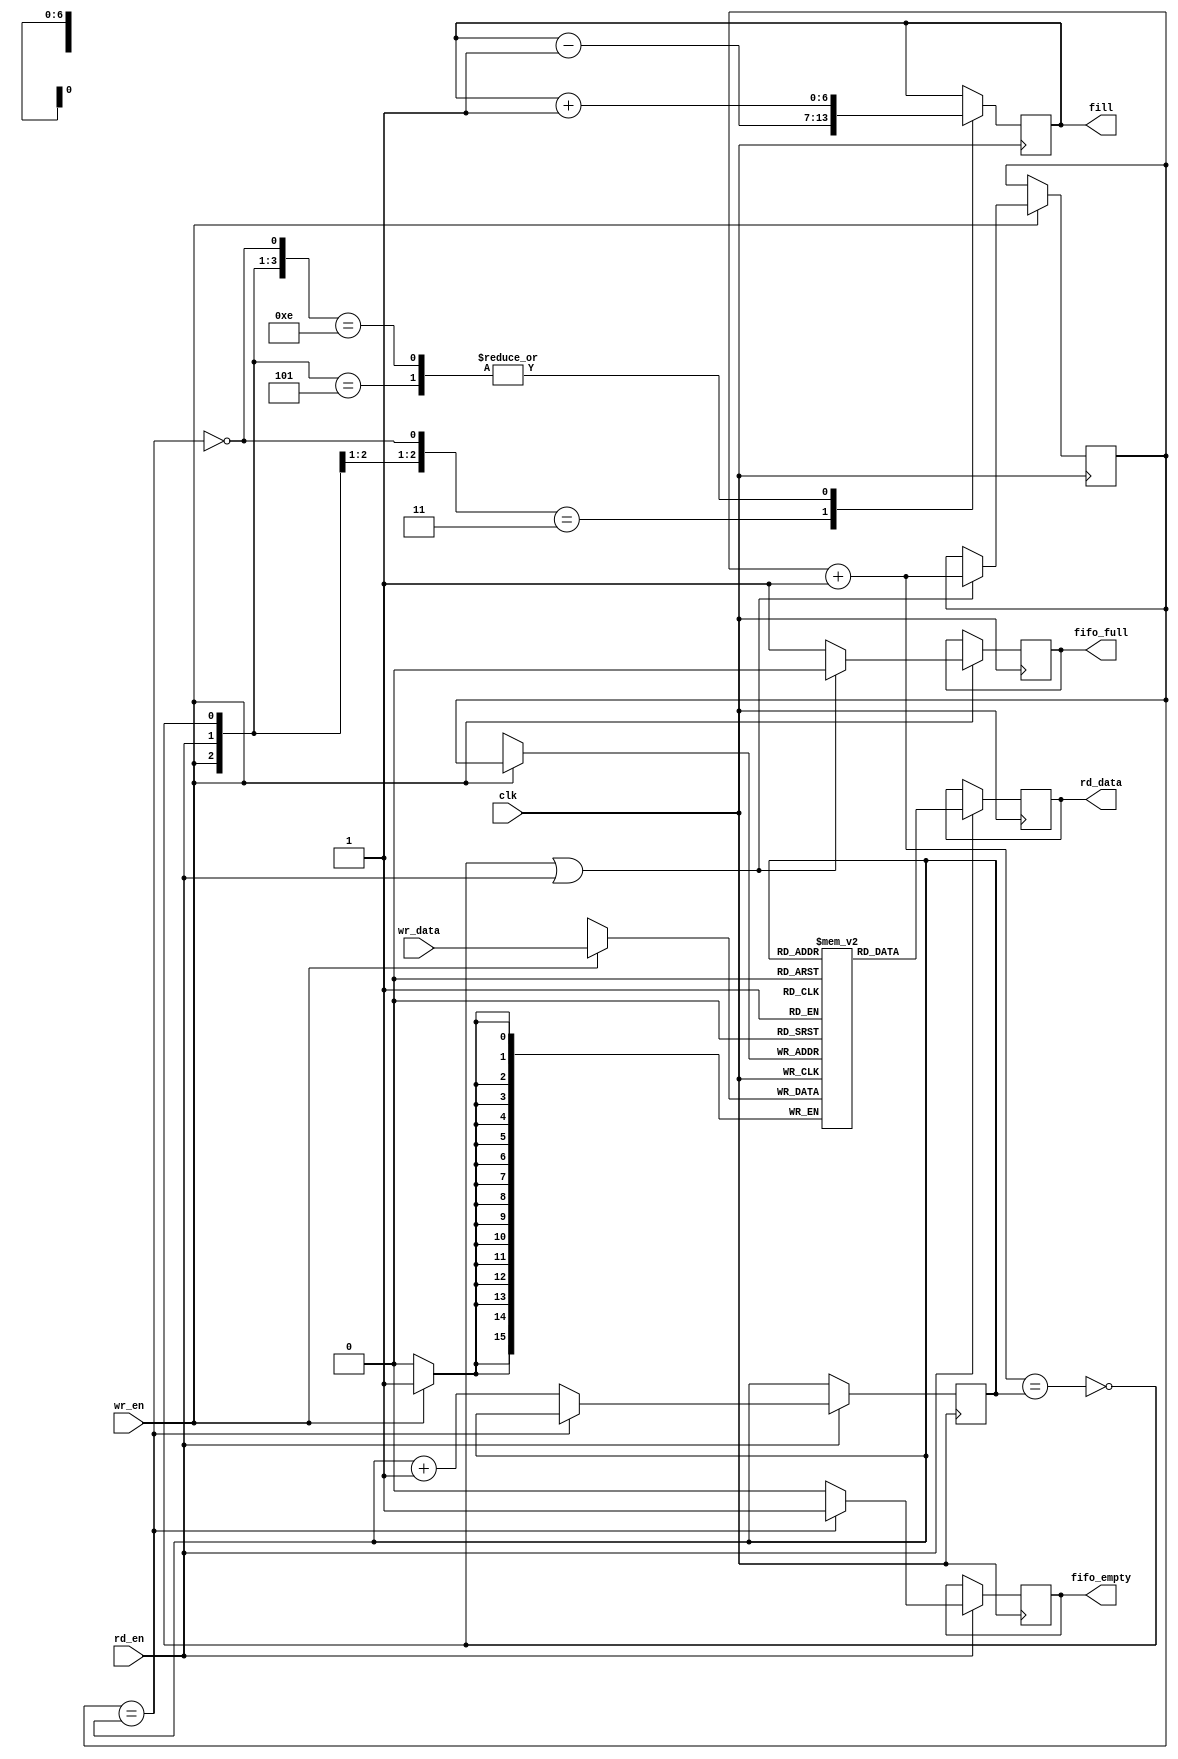
module fifo #(
		parameter BITS=16, parameter SIZE=128)
		(
		input wr_en,
		input [(BITS-1):0] wr_data,
		
		input rd_en,
		output reg [(BITS-1):0] rd_data,
		
		output reg fifo_empty = 1,
		output reg fifo_full = 0,

		output reg [(MAX_BITS-1):0] fill = 0,
		
		input clk
		);

	localparam MAX_BITS = $clog2(SIZE);
		
	reg [(BITS-1):0] buffer [SIZE];

	/* combinatorial
	reg [(MAX_BITS-1):0]	nxt_addr;
	
	reg	[(MAX_BITS-1):0]	rd_addr = 0;
	reg [(MAX_BITS-1):0]	wr_addr = 0;
	
	reg full;
	reg empty;
	
	always @(*)
		nxt_addr <= wr_addr + 1;

	always @(*) begin
		full  = (nxt_addr == rd_addr);
		empty = (wr_addr == rd_addr);
	end
	 */
	
	/* better solution
	 */	
	wire [(MAX_BITS-1):0]	nxt_addr;
	reg	[(MAX_BITS-1):0]	rd_addr = 0;
	reg [(MAX_BITS-1):0]	wr_addr = 0;

	wire full;
	wire empty;
	
	assign	nxt_addr = wr_addr + 1'b1;
	assign	full  = (nxt_addr == rd_addr);
	assign	empty = (wr_addr  == rd_addr);
	
	always @(posedge clk)
		if (wr_en)
			buffer[wr_addr] <= wr_data;

	always @(posedge clk)
		if (rd_en)
			rd_data <= buffer[rd_addr];
			
	always @(posedge clk)
		if (wr_en) begin
			// Update the FIFO write address any time a write is made to
			// the FIFO and it's not FULL.
			//
			// OR any time a write is made to the FIFO at the same time a
			// read is made from the FIFO.
			if ((!full) || (rd_en)) begin
				fifo_full <= 0;
				wr_addr <= wr_addr + 1;
			end
			else
				fifo_full <= 1;
		end
		
	always @(posedge clk)
		if (rd_en) begin
			// On any read request, increment the pointer if the FIFO isn't
			// empty--independent of whether a write operation is taking
			// place at the same time.
			if (!empty) begin
				fifo_empty <= 0;
				rd_addr <= rd_addr + 1;
			end
			else
				// If a read is requested, but the FIFO was full, set
				// an underrun error flag.
				fifo_empty <= 1;
		end
		
	always @(posedge clk)
		casez({ wr_en, rd_en, !full, !empty })
			4'b01?1: fill <= fill - 1'b1;	// A successful read
			4'b101?: fill <= fill + 1'b1;	// A successful write
			4'b1110: fill <= fill + 1'b1;	// Successful write, failed read
				// 4'b11?1: Successful read *and* write -- no change
			default: fill <= fill;	// Default, no change
		endcase
		
		
	generate
		genvar i;

		for(i = 0; i<SIZE; i=i+1) begin
			initial buffer[i] <= 0;
		end

	endgenerate
		
endmodule